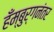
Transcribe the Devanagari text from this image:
हँम्बुर्गनंतर